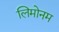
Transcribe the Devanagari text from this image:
लिमोनम